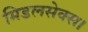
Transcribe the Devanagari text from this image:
मिडलसेक्स।